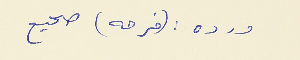
ورده : (فرحه) صحيح